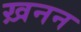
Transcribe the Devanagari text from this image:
ख़नन